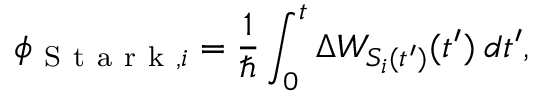
\phi _ { \mathrm { ~ S ~ t ~ a ~ r ~ k ~ } , i } = \frac { 1 } { \hbar } \int _ { 0 } ^ { t } \Delta W _ { S _ { i } ( t ^ { \prime } ) } ( t ^ { \prime } ) \: d t ^ { \prime } ,